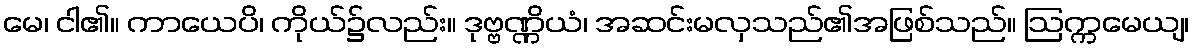
မေ၊ ငါ၏။ ကာယေပိ၊ ကိုယ်၌လည်း။ ဒုဗ္ဗဏ္ဏိယံ၊ အဆင်းမလှသည်၏အဖြစ်သည်။ ဩက္ကမေယျ၊